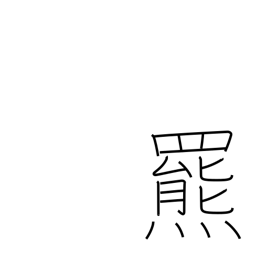
Meaning: brown bear